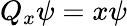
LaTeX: Q_{x}\psi=x\psi